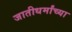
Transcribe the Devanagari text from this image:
जातीधर्मांच्या